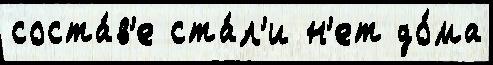
соста́в'е ста́л'и н'ет до́ма